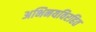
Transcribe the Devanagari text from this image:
अभिनयविरहित